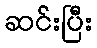
ဆင်းပြီး